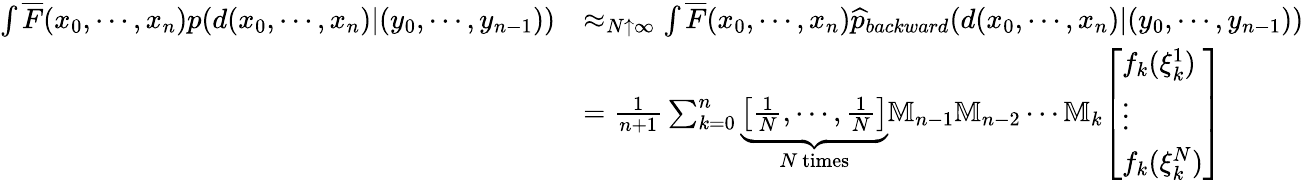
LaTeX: {\begin{array}{rl}{\int{\overline{{F}}}(x_{0},\cdots,x_{n})p(d(x_{0},\cdots,x_{n})|(y_{0},\cdots,y_{n-1}))}&{\approx_{N\uparrow\infty}\int{\overline{{F}}}(x_{0},\cdots,x_{n}){\widehat{p}}_{backward}(d(x_{0},\cdots,x_{n})|(y_{0},\cdots,y_{n-1}))}\\ &{={\frac{1}{n+1}}\sum_{k=0}^{n}\underbrace{\left[{\frac{1}{N}},\cdots,{\frac{1}{N}}\right]}_{N{\mathrm{~times}}}\mathbb{M}_{n-1}\mathbb{M}_{n-2}\cdots\mathbb{M}_{k}{\left[\begin{array}{l}{f_{k}(\xi_{k}^{1})}\\ {\vdots}\\ {f_{k}(\xi_{k}^{N})}\end{array}\right]}}\end{array}}